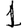
Digit: 1